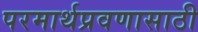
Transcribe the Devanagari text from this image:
परमार्थप्रवणासाठी